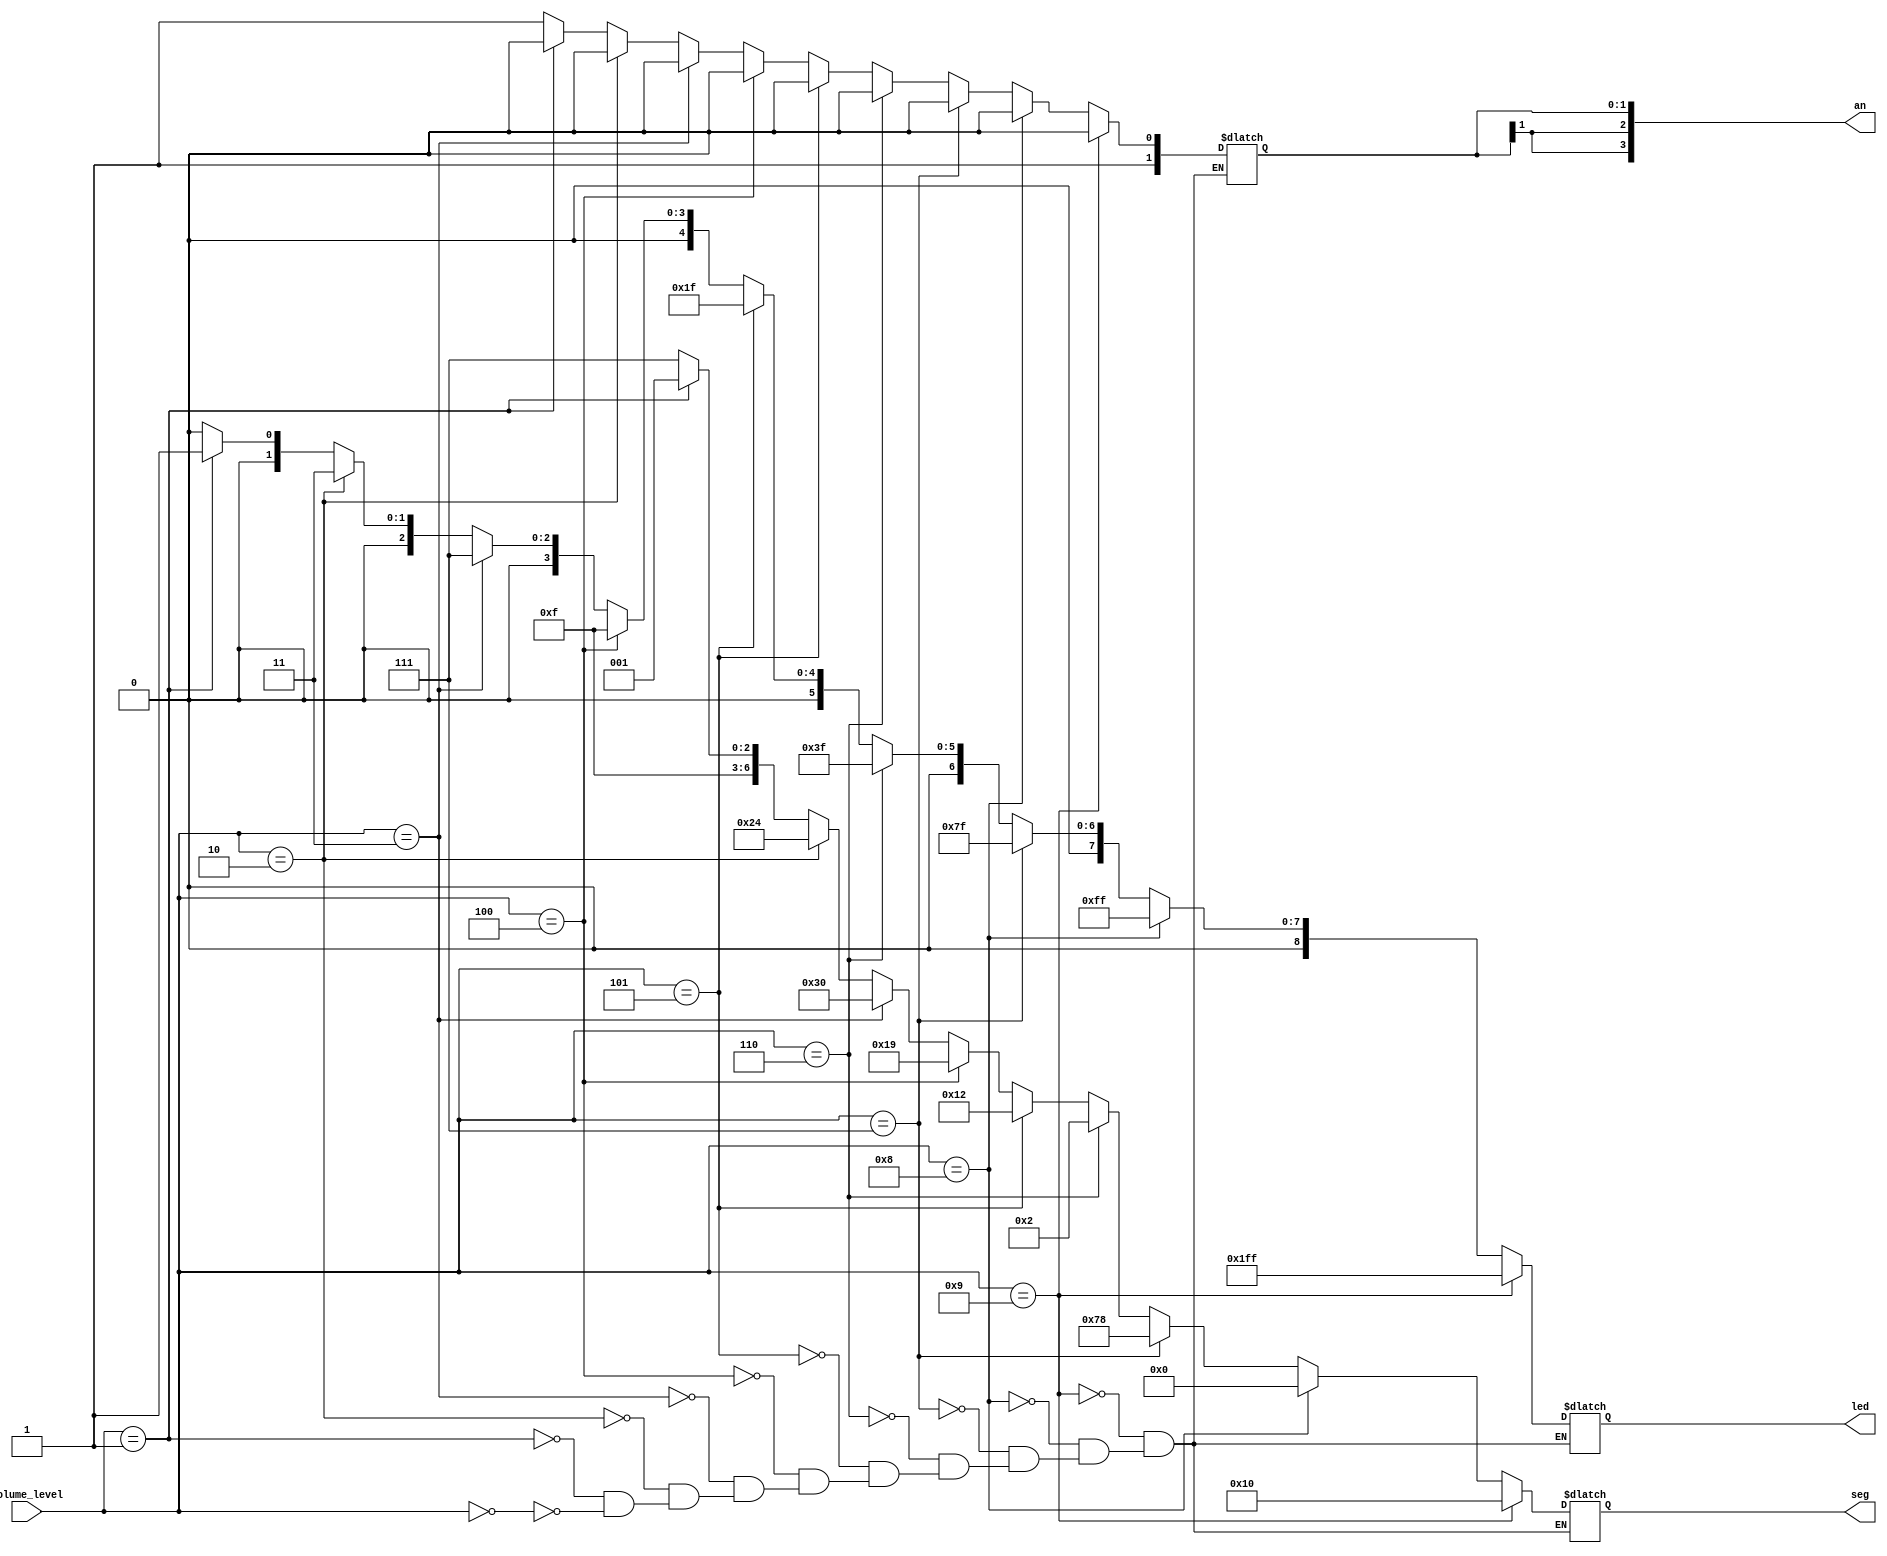
module Update_display (
    input [3:0] volume_level,
    output reg [8:0] led = 9'b000000000,
    output reg [3:0] an = 4'b1111,
    output reg [6:0] seg = 7'b1111111
    );
    always @ (*)
    begin
        if(volume_level == 0) //volume level 0    
        begin
            led <= 9'b000000000; 
            an <= 4'b1111;
            seg <= 7'b1111111;
        end
        if(volume_level == 1) //volume level 1, display '1' on 7 segment display
        begin
            led <= 9'b000000001;
            an <= 4'b1110;  
            seg <= 7'b1111001;
        end
        if(volume_level == 2) //volume level 2    
        begin
            led <= 9'b000000011;
             an <= 4'b1110;
             seg <= 7'b0100100;
        end
        if(volume_level == 3) //volume level 3    
        begin
            led <= 9'b000000111;
             an <= 4'b1110;
             seg <= 7'b0110000;
        end
        if(volume_level == 4) //volume level 4
        begin
            led <= 9'b000001111;
             an <= 4'b1110;
             seg <= 7'b0011001;
        end  
        if(volume_level == 5) //volume level 5
        begin
            led <= 9'b000011111;
             an <= 4'b1110;
             seg <= 7'b0010010;
        end  
        if(volume_level == 6) //volume level 6  
        begin
            led <= 9'b000111111;
             an <= 4'b1110;
             seg <= 7'b0000010; 
        end  
        if(volume_level == 7) //volume level 7
        begin
           led <= 9'b001111111;
            an <= 4'b1110;
            seg <= 7'b1111000;
        end  
        if(volume_level == 8) //volume level 8 
        begin
            led <= 9'b011111111;
             an <= 4'b1110;
             seg <= 7'b0000000;
        end  
        if(volume_level == 9) //volume level 9
        begin
            led <= 9'b111111111;
             an <= 4'b1110;
             seg <= 7'b0010000;
        end  
    end
endmodule